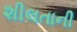
શીલતાની